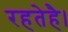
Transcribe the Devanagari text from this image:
रहतेहै।